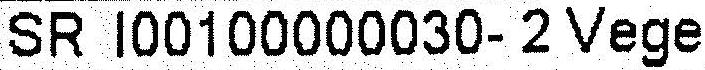
SR I00100000030- 2 VEGE